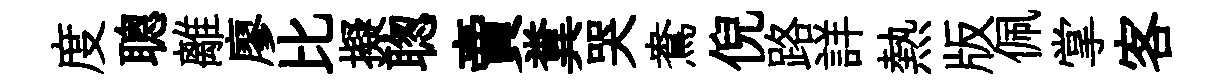
度聰離廖比擬聦賣糞哭鴦倪路詳熱版佩掌客